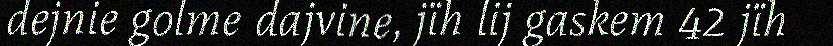
dejnie golme dajvine, jïh lij gaskem 42 jïh